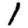
Digit: 1